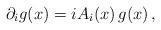
LaTeX: \begin{align*} \partial_i g(x) = i A_i(x) \, g(x) \,,\end{align*}